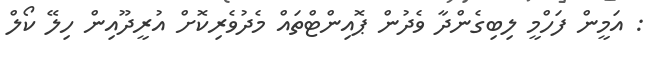
: އަމީން ފަހްމީ ލިބިގެންދާ ވެދުން ޕޮއިންޓްތައް މެދުވެރިކޮށް އުރީދޫއިން ހިލޭ ކޯލް